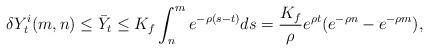
LaTeX: \begin{align*}\delta Y_t^{i}(m,n)\leq \bar{Y}_t\leq K_f\int_{ n}^{m}e^{-\rho(s-t)}ds=\frac{K_f}{\rho}e^{\rho t}(e^{-\rho n}-e^{-\rho m}),\end{align*}